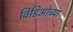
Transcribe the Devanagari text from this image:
विडिओच्या